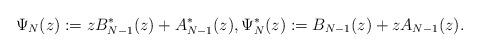
LaTeX: \begin{align*}\Psi_N(z):=zB_{N-1}^*(z)+A_{N-1}^*(z),\Psi_N^*(z):=B_{N-1}(z)+zA_{N-1}(z).\end{align*}